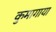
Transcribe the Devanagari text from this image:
कुमागाया